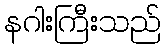
နဂါးကြီးသည်